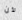
لأن